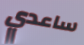
ساعدي